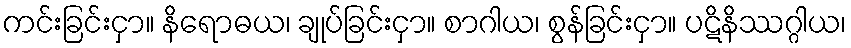
ကင်းခြင်းငှာ။ နိရောဓယ၊ ချုပ်ခြင်းငှာ။ စာဂါယ၊ စွန်ခြင်းငှာ။ ပဋိနိဿဂ္ဂါယ၊